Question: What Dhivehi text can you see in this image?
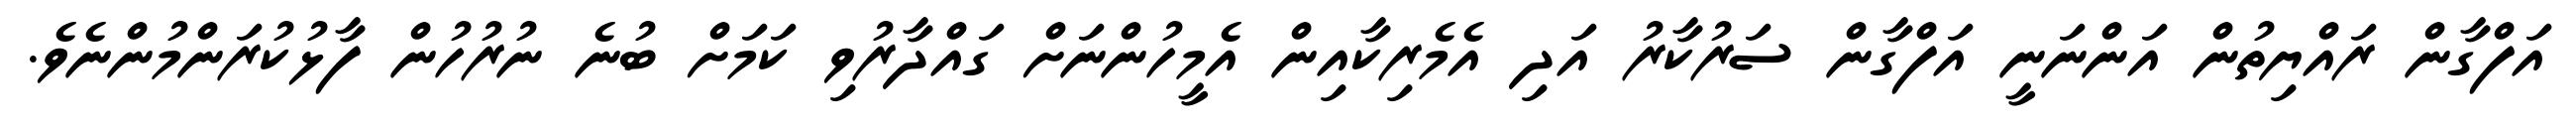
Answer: އަފްގާން ރައްޔިތުން އަންނަނީ އަފްގާން ސަރުކާރު އަދި އެމެރިކާއިން އެމީހުންނަށް ގައްދާރުވި ކަމަށް ބުނެ ނުރުހުން ފާޅުކުރަންމުންނެވެ.